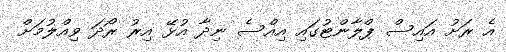
އެ ރަށު އައިސް ޕްލާންޓުގައި އިއްސެ ނިދާ އުޅޭ އިރު ރޯދަ ވިއްލުމަށް